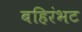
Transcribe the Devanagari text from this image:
बहिरंभट